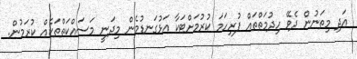
އަދި މިތަނުން ދެވޭ ހިދުމަތްތައް ފުރިހަމަ ކުރުމަށްޓަކާ އަޅުގަނޑުމެން މިދަނީ މަސައްކަތްތަކެއް ކުރަމުން.